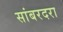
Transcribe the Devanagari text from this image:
सांबरदरा